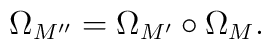
\Omega_{M''}=\Omega_{M'}\circ\Omega_{M} .